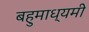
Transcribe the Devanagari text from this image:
बहुमाध्यमी